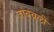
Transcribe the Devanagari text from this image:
जांबवली